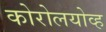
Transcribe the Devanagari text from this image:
कोरोलयोव्ह